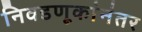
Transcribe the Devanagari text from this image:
निवडणूकांनंतर